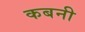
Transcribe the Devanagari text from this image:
कबनी